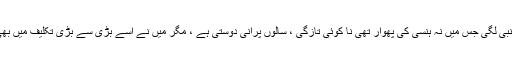
مگر آج اس کی آواز اجنبی لگی جس میں نہ ہنسی کی پھوار تھی نا کوئی تازگی ، سالوں پرانی دوستی ہے ، مگر میں نے اسے بڑی سے بڑی تکلیف میں بھی مسکراتے دیکھاہے ۔